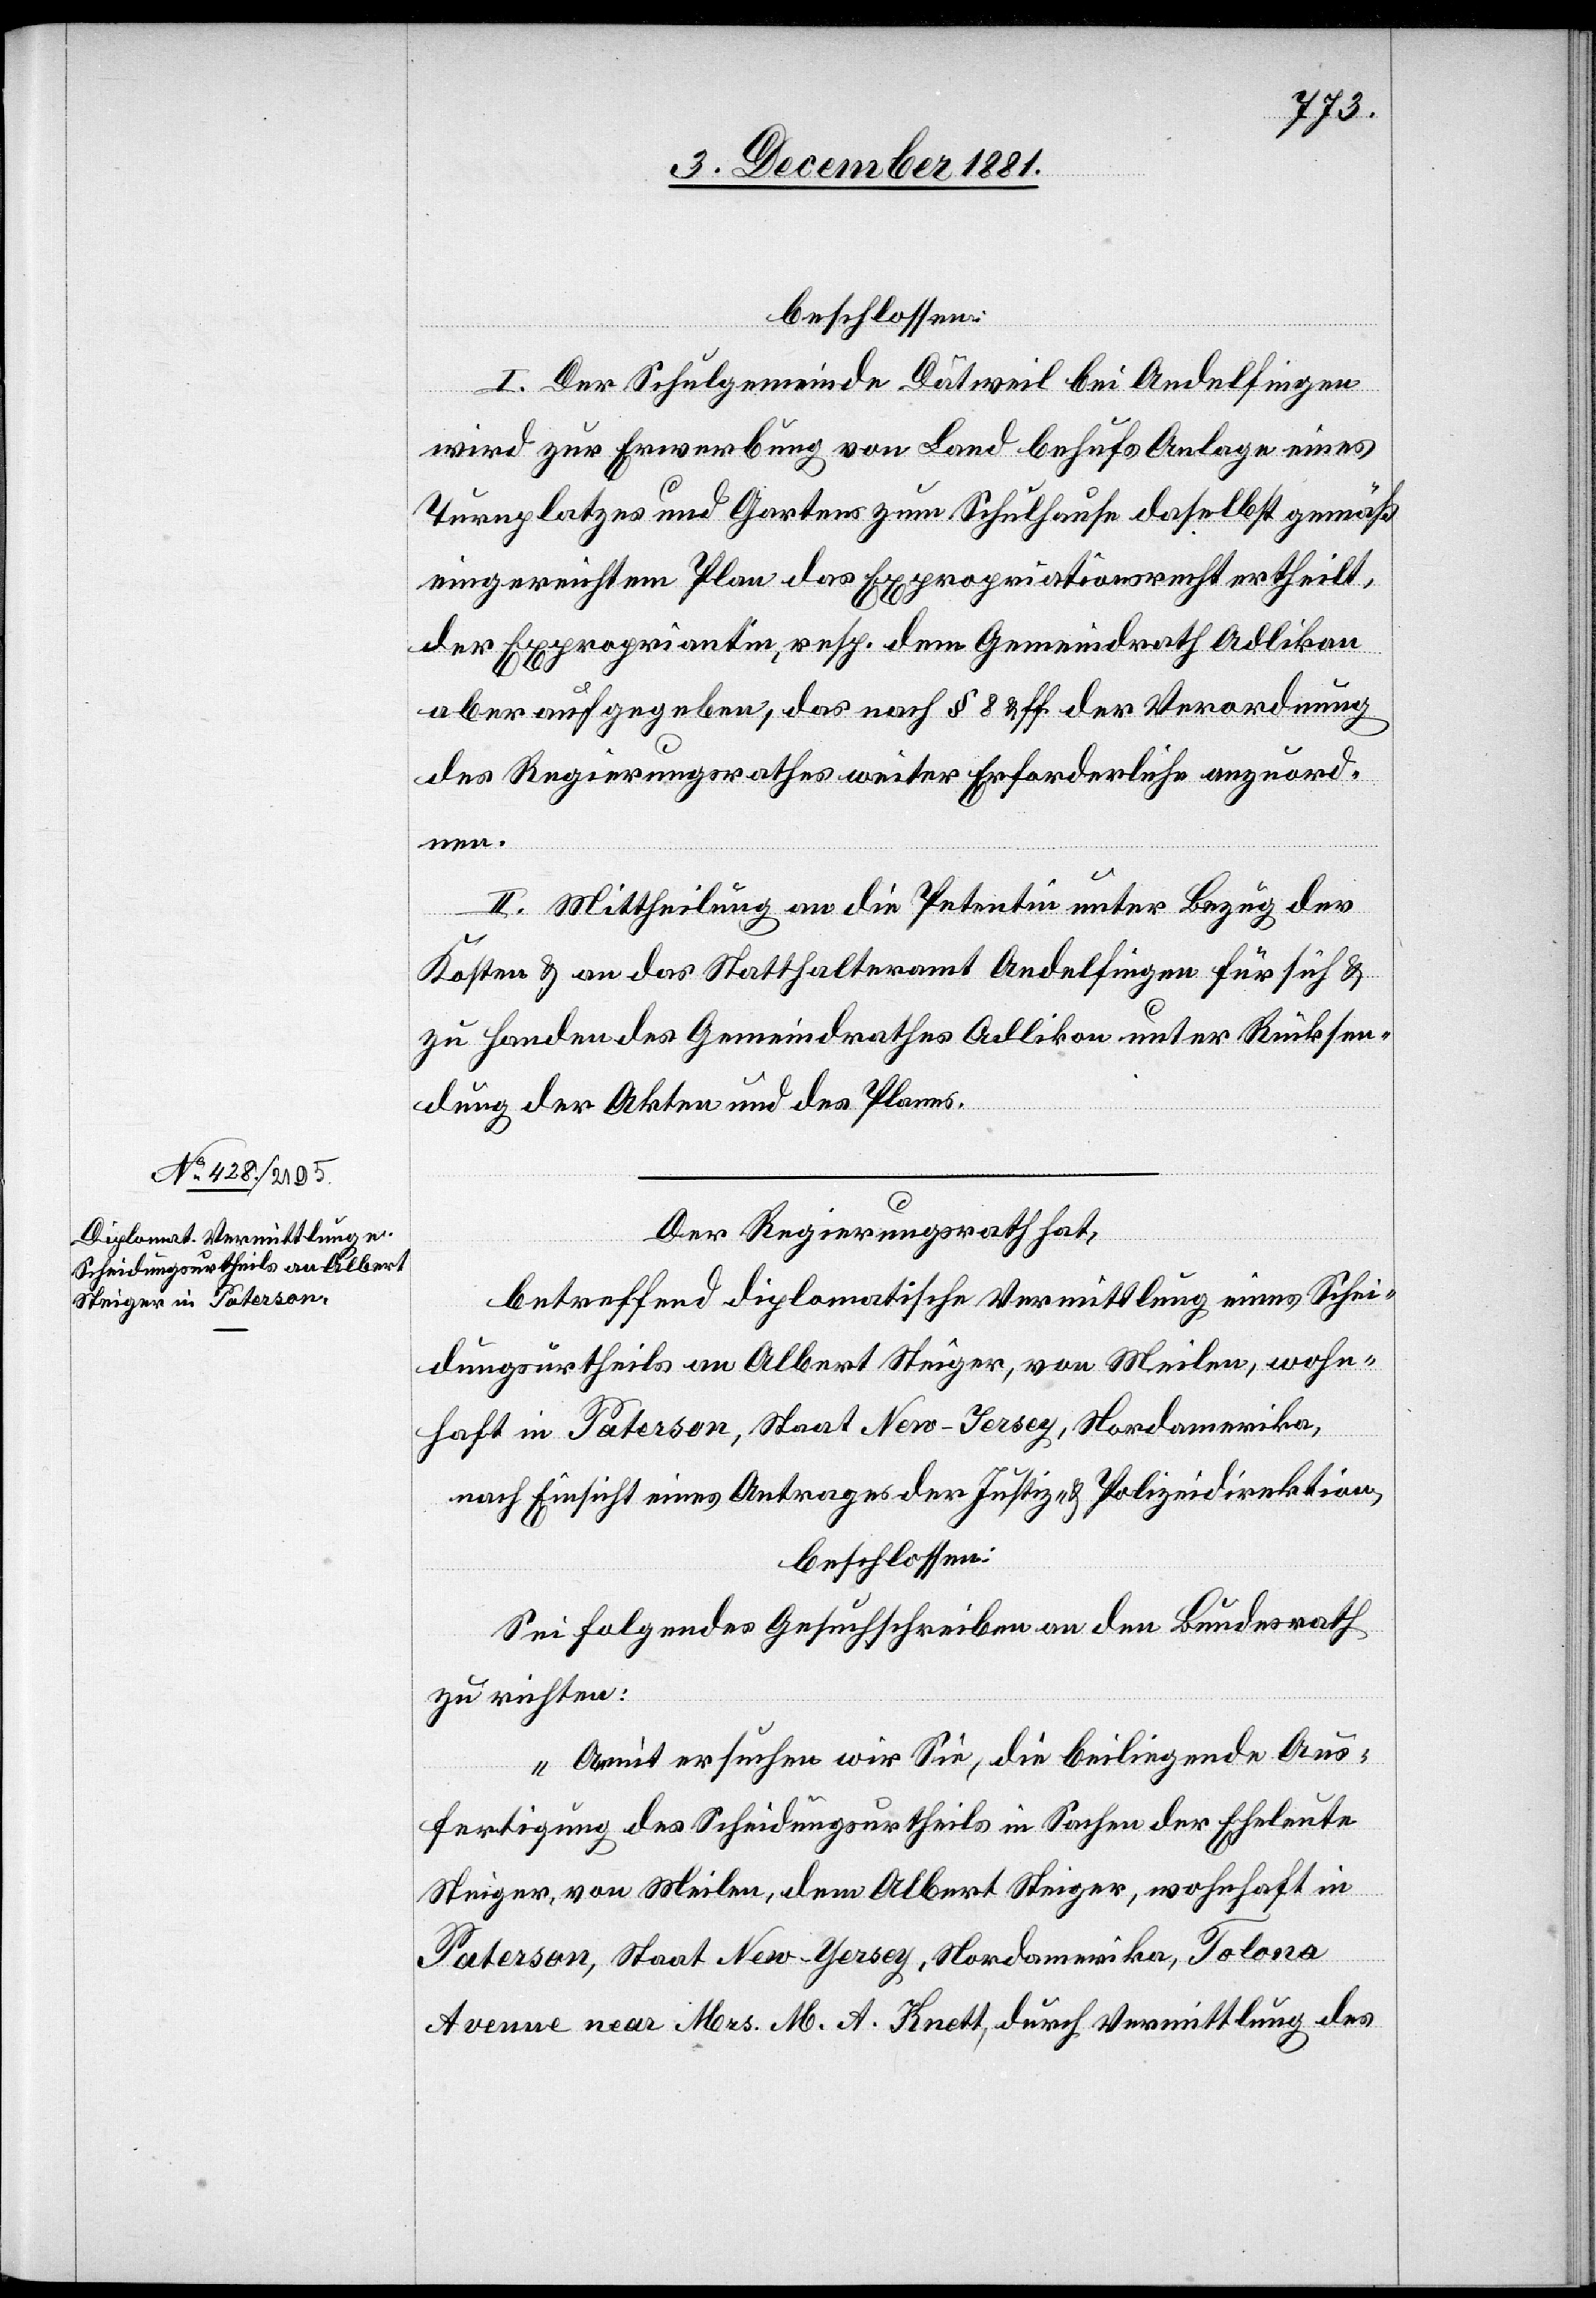
beschlossen:
I. Der Schulgemeinde Dätweil bei Andelfingen
wird zur Erwerbung von Land behufs Anlage eines
Turnplatzes und Gartens zum Schulhause daselbst gemäß
eingereichtem Plan das Expropriationsrecht ertheilt,
der Expropriantin, resp. dem Gemeindrath Adlikon
aber aufgegeben, das nach § 8 & ff. der Verordnung
des Regierungsrathes weiter Erforderliche anzuord¬
nen.
II. Mittheilung an die Petentin unter Bezug der
Kosten & an das Statthalteramt Andelfingen für sich &
zu Handen des Gemeindrathes Adlikon unter Rücksen¬
dung der Akten und des Planes.
Der Regierungsrath hat,
betreffend diplomatische Vermittlung eines Schei¬
dungsurtheils an Albert Steiger, von Meilen, wohn¬
haft in Paterson, Staat New-Jersey, Nordamerika,
nach Einsicht eines Antrages der Justiz- & Polizeidirektion,
beschlossen:
Sei folgendes Schreiben an den Bundesrath
zu richten:
„Damit ersuchen wir Sie, die beiliegende Aus¬
fertigung des Scheidungsurtheils in Sachen der Eheleute
Steiger, von Meilen, dem Albert Steiger, wohnhaft in
Paterson, Staat New-Yersey [sic!], Nordamerika, Tolona
Avenue near Mrs. M. A. Knett, durch Vermittlung des